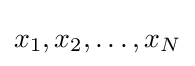
x_{1},x_{2},\ldots ,x_{N}